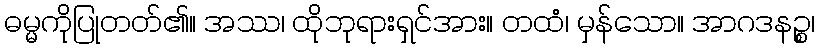
ဓမ္မကိုပြုတတ်၏။ အဿ၊ ထိုဘုရားရှင်အား။ တထံ၊ မှန်သော။ အာဂဒနဉ္စ၊